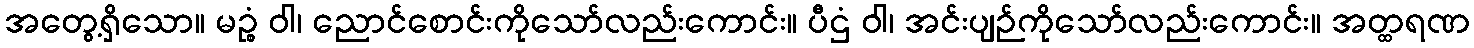
အတွေ့ရှိသော။ မဉ္စံ ဝါ၊ ညောင်စောင်းကိုသော်လည်းကောင်း။ ပီဌံ ဝါ၊ အင်းပျဉ်ကိုသော်လည်းကောင်း။ အတ္ထရဏ